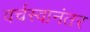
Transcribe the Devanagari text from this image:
वर्चस्वानंतर